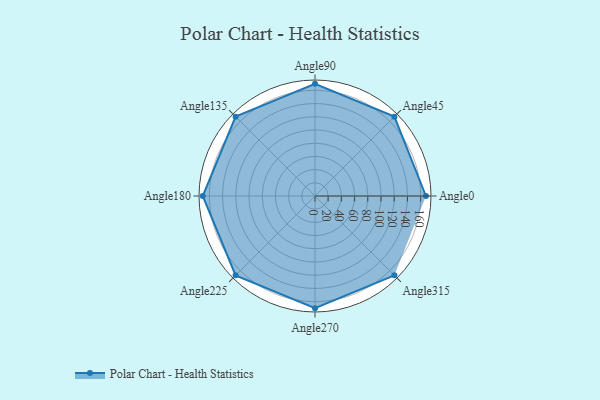
{"axis": {"x": "Angle", "y": "Radius"}, "legend": [""], "data": [{"x": "Angle0", "y": 168.0, "type": ""}, {"x": "Angle45", "y": 170, "type": ""}, {"x": "Angle90", "y": 170, "type": ""}, {"x": "Angle135", "y": 170, "type": ""}, {"x": "Angle180", "y": 170, "type": ""}, {"x": "Angle225", "y": 170, "type": ""}, {"x": "Angle270", "y": 170, "type": ""}, {"x": "Angle315", "y": 170, "type": ""}]}